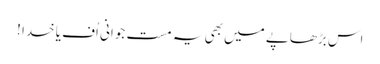
اس بڑھاپے میں بھی یہ مست جوانی اُف یا خدا !